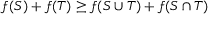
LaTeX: f ( S ) + f ( T ) \geq f ( S \cup T ) + f ( S \cap T )